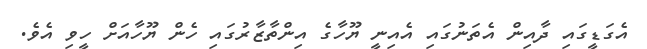
އެގަޑީގައި ދާއިން އެތަނުގައި އެއިނީ ޔޫހާގެ އިންތާޒާރުގައި ހެން ޔޫހާއަށް ހީވި އެވެ.